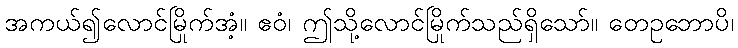
အကယ်၍လောင်မြိုက်အံ့။ ဧဝံ၊ ဤသို့လောင်မြိုက်သည်ရှိသော်။ တေဥဘောပိ၊